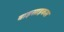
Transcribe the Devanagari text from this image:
बाइसाइकल